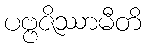
ပဗ္ဗဇိဿာမီတိ